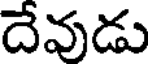
దేవుడు